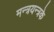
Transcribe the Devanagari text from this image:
मन्त्रयन्त्रके